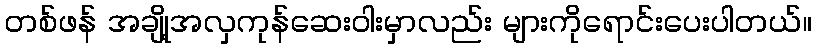
တစ်ဖန် အချို့အလှကုန်ဆေးဝါးမှာလည်း များကိုရောင်းပေးပါတယ်။